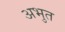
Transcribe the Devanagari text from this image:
अभुत